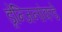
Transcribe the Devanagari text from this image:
ड्रेन्जिनांकडे